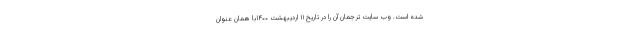
شده است. وب سایت ترجمان آن را در تاریخ ۱۱ اردیبهشت ۱۴۰۰با همان عنوان